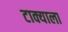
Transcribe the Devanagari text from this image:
टाक्याला